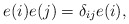
\begin{align*}e(i)e(j)=\delta_{ij}e(i),\end{align*}